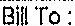
BILL TO: